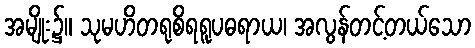
အမျိုး၌။ သုမဟိတရုစိရရူပဓရာယ၊ အလွန်တင့်တယ်သော